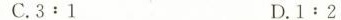
C.3:1 D.1:2